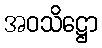
အဝသိဋ္ဌော